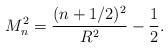
LaTeX: \begin{align*}M_n^2 = \frac{(n+1/2)^2}{R^2} - \frac{1}{2}.\end{align*}